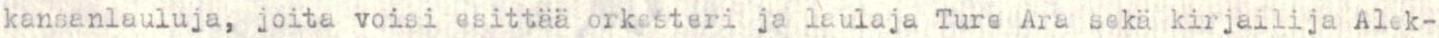
kansanlauluja, joita voisi esittää orkesteri ja laulaja Ture Ara sekä kirjailija Alek-